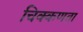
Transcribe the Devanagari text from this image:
चिक्कणता